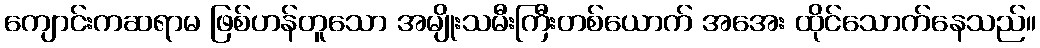
ကျောင်းကဆရာမ ဖြစ်ဟန်တူသော အမျိုးသမီးကြီးတစ်ယောက် အအေး ထိုင်သောက်နေသည်။